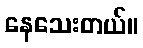
နေသေးတယ်။